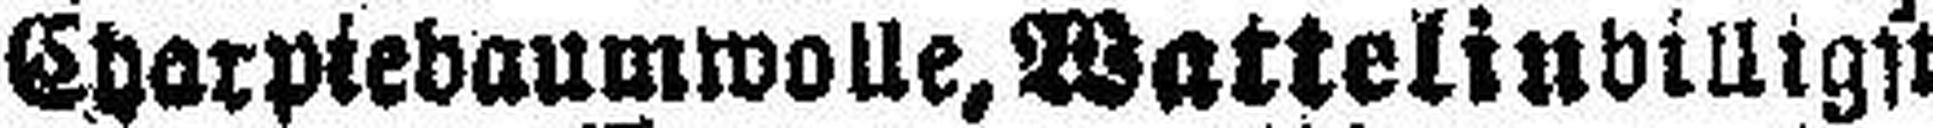
Charpiebaumwolle, Wattelin billigst